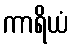
ကာရိယံ